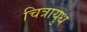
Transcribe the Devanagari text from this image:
चित्रायुध